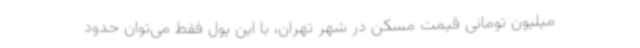
میلیون تومانی قیمت مسکن در شهر تهران، با این پول فقط می‌توان حدود